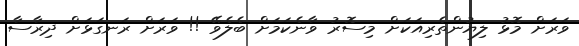
ވަރަށް މޮޅު ލިޔުންތެރިއަކަށް މިސޮރު ވާނެކަމަށް ބެލެވޭ !! ވަރަށް ރަނގަޅަށް ދިރާސާ